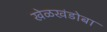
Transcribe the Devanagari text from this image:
खेळखंडोबा